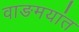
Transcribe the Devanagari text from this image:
वाङमयांत